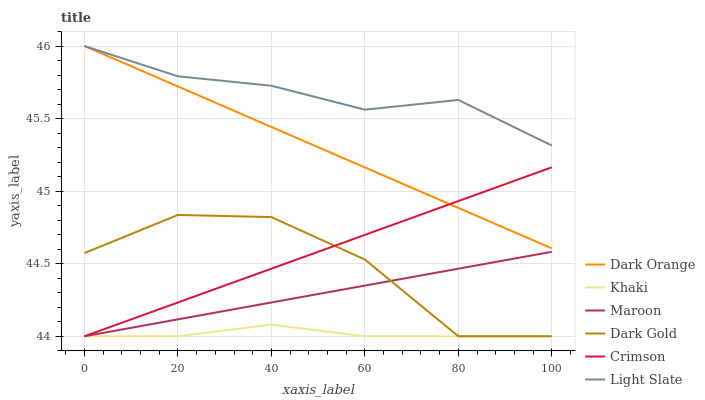
| xaxis_label | Dark Orange | Khaki | Maroon | Dark Gold | Crimson | Light Slate |
 | --- | --- | --- | --- | --- | --- | --- |
 | 0 | 46 | 44 | 44 | 44.6 | 44 | 46 |
 | 20 | 45.7 | 44 | 44.1 | 44.8 | 44.2 | 45.8 |
 | 40 | 45.4 | 44.1 | 44.2 | 44.8 | 44.5 | 45.7 |
 | 60 | 45.2 | 44 | 44.3 | 44.5 | 44.7 | 45.6 |
 | 80 | 44.9 | 44 | 44.5 | 44 | 44.9 | 45.6 |
 | 100 | 44.6 | 44 | 44.6 | 44 | 45.2 | 45.3 |